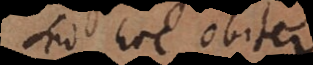
Sed hoc obiter.